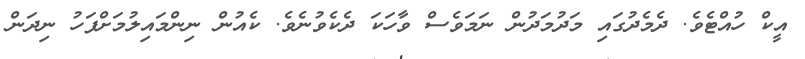
އީކް ހުއްޓެވެ. ދެމެދުގައި މަދުމަދުން ނަމަވެސް ވާހަކަ ދެކެވުނެވެ. ކެއުން ނިންމައިލުމަށްފަހު ނިދަން